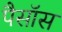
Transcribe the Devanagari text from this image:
पैसॉस